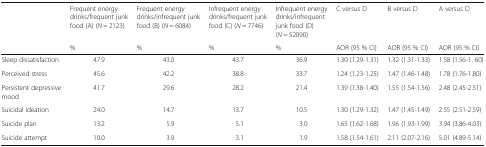
<table><thead><tr><td rowspan="2"></td><td><b>Frequent energy drinks/frequent junk food (A) (<i>N</i> = 2123)</b></td><td><b>Frequent energy drinks/infrequent junk food (B) (<i>N</i> = 6084)</b></td><td><b>Infrequent energy drinks/frequent junk food (C) (<i>N</i> = 7746)</b></td><td><b>Infrequent energy drinks/infrequent junk food (D) (<i>N</i> = 52090)</b></td><td><b>C versus D</b></td><td><b>B versus D</b></td><td><b>A versus D</b></td></tr><tr><td><b>%</b></td><td><b>%</b></td><td><b>%</b></td><td><b>%</b></td><td><b>AOR (95 % CI)</b></td><td><b>AOR (95 % CI)</b></td><td><b>AOR (95 % CI)</b></td></tr></thead><tbody><tr><td>Sleep dissatisfaction</td><td>47.9</td><td>43.0</td><td>43.7</td><td>36.9</td><td>1.30 (1.29-1.31)</td><td>1.32 (1.31-1.33)</td><td>1.58 (1.56-1. 60)</td></tr><tr><td>Perceived stress</td><td>45.6</td><td>42.2</td><td>38.8</td><td>33.7</td><td>1.24 (1.23-1.25)</td><td>1.47 (1.46-1.48)</td><td>1.78 (1.76-1.80)</td></tr><tr><td>Persistent depressive mood</td><td>41.7</td><td>29.6</td><td>28.2</td><td>21.4</td><td>1.39 (1.38-1.40)</td><td>1.55 (1.54-1.56)</td><td>2.48 (2.45-2.51)</td></tr><tr><td>Suicidal ideation</td><td>24.0</td><td>14.7</td><td>13.7</td><td>10.5</td><td>1.30 (1.29-1.32)</td><td>1.47 (1.45-1.49)</td><td>2.55 (2.51-2.59)</td></tr><tr><td>Suicide plan</td><td>13.2</td><td>5.9</td><td>5.1</td><td>3.0</td><td>1.65 (1.62-1.68)</td><td>1.96 (1.93-1.99)</td><td>3.94 (3.86-4.03)</td></tr><tr><td>Suicide attempt</td><td>10.0</td><td>3.9</td><td>3.1</td><td>1.9</td><td>1.58 (1.54-1.61)</td><td>2.11 (2.07-2.16)</td><td>5.01 (4.89-5.14)</td></tr></tbody></table>